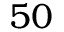
5 0